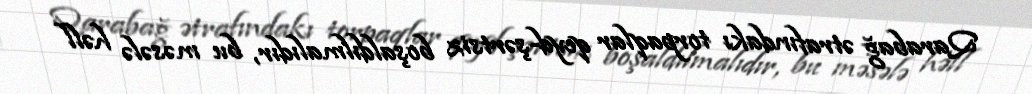
Qarabağ ətrafındakı torpaqlar qeyd-şərtsiz boşaldılmalıdır, bu məsələ həll